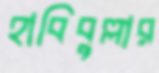
হাবিবুল্লার